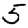
Digit: 5